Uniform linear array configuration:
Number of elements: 24
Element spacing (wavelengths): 0.75
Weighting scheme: uniform
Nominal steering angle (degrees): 0
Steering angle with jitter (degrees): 1.082
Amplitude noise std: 0.05
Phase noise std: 0.05

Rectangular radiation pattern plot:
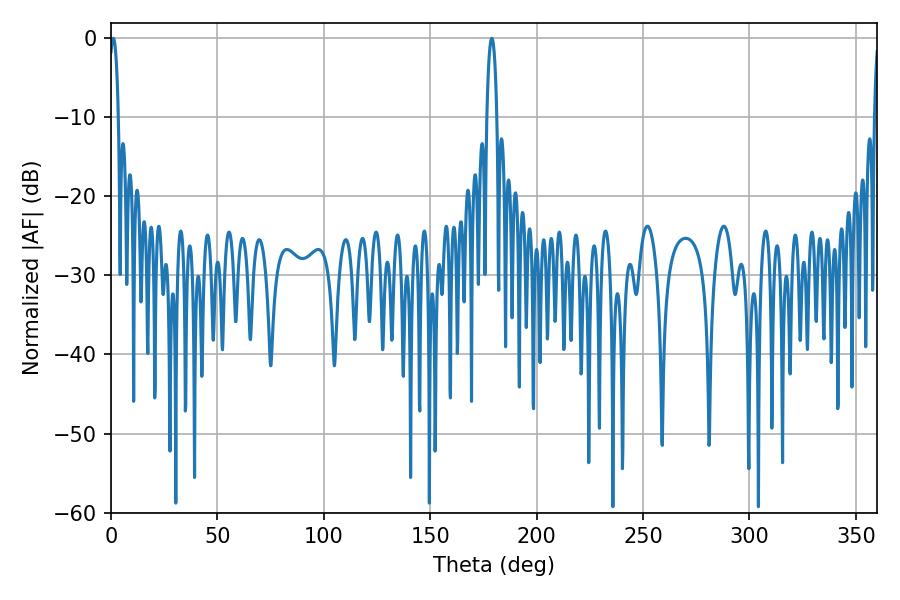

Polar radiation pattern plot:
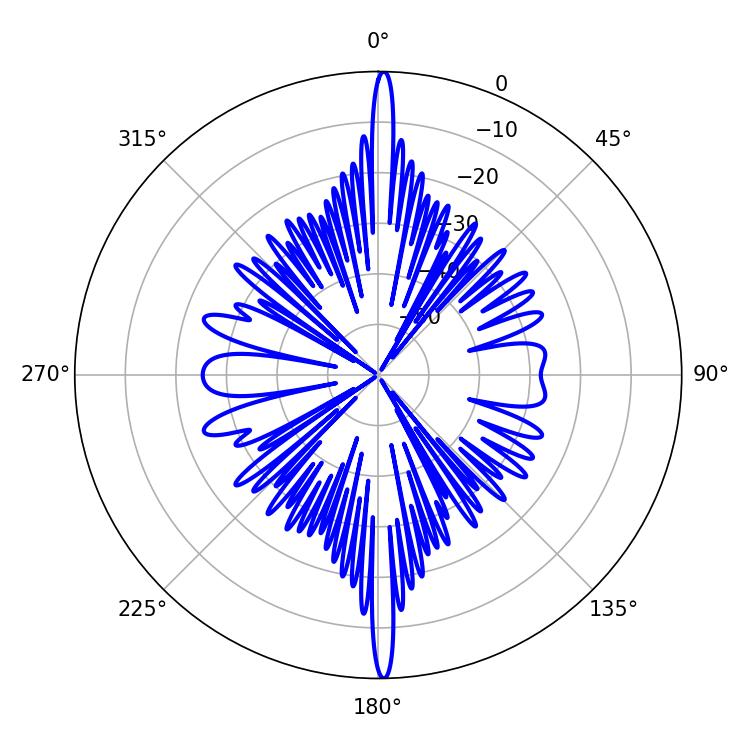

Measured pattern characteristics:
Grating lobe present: TRUE
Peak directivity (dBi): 30.101
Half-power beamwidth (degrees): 2.34
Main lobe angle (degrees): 1.08